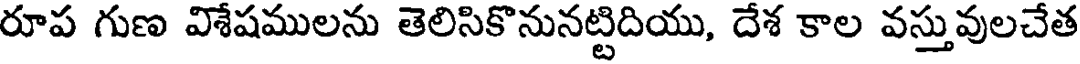
రూప గుణ విశేషములను తెలిసికొనునట్టిదియు, దేశ కాల వస్తువులచేత